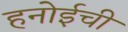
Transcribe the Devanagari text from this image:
हनोईची